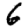
Digit: 6